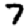
Digit: 7